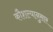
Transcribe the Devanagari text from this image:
कौशल्यानुसार